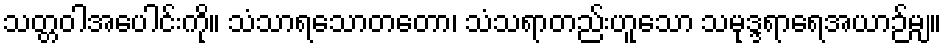
သတ္တဝါအပေါင်းကို။ သံသာရသောတတော၊ သံသရာတည်းဟူသော သမုဒ္ဒရာရေအယာဉ်မျ။